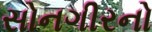
સોનગીરનો